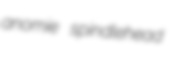
anomie spindlehead